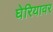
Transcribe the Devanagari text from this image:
घेरियावर